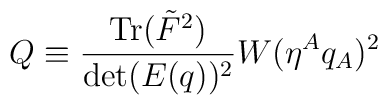
Q \equiv\frac{{\rm Tr}({\tilde F}^2)}{{\rm det}(E(q))^2 } W(\eta^A q_A)^2 \ \